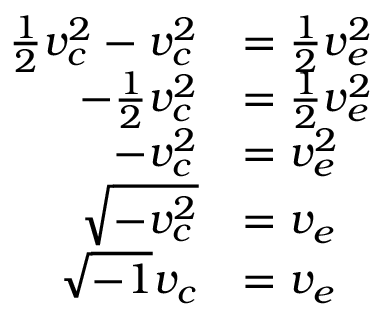
\begin{array} { r l } { \frac { 1 } { 2 } v _ { c } ^ { 2 } - v _ { c } ^ { 2 } } & { = \frac { 1 } { 2 } v _ { e } ^ { 2 } } \\ { - \frac { 1 } { 2 } v _ { c } ^ { 2 } } & { = \frac { 1 } { 2 } v _ { e } ^ { 2 } } \\ { - v _ { c } ^ { 2 } } & { = v _ { e } ^ { 2 } } \\ { \sqrt { - v _ { c } ^ { 2 } } } & { = v _ { e } } \\ { \sqrt { - 1 } v _ { c } } & { = v _ { e } } \end{array}